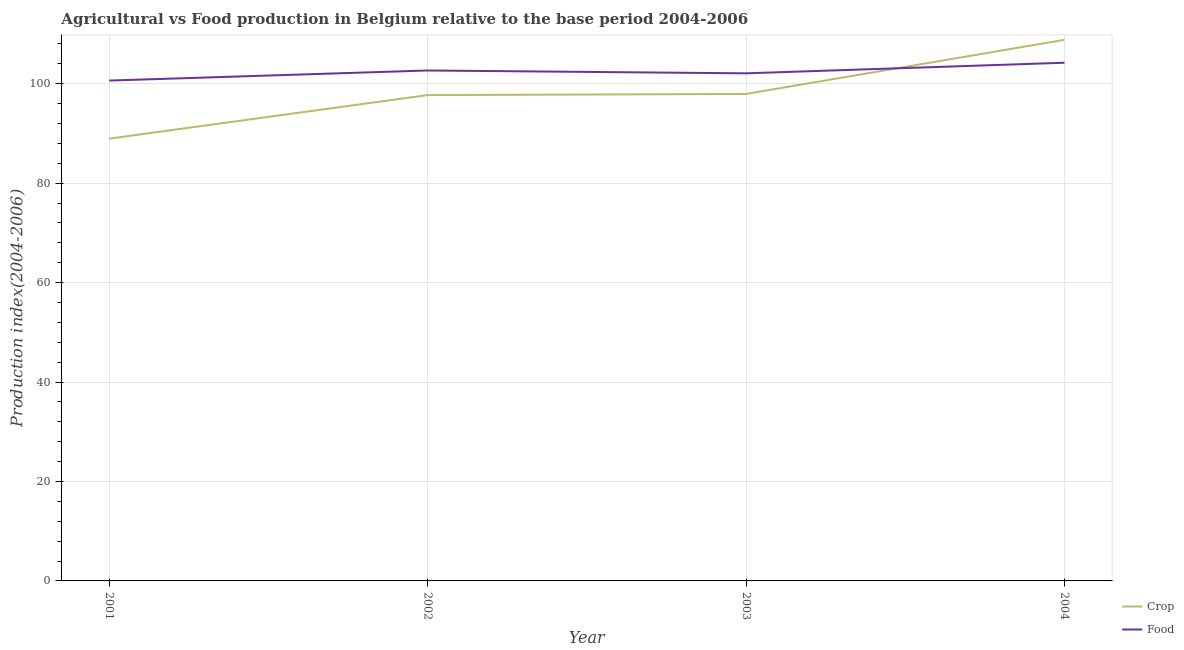
| Year | Crop | Food |
 | --- | --- | --- |
 | 2001 | 89 | 101 |
 | 2002 | 97.7 | 103 |
 | 2003 | 98 | 102 |
 | 2004 | 109 | 104 |